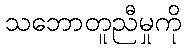
သဘောတူညီမှုကို